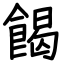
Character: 餲